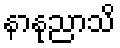
နာနုညာသိ